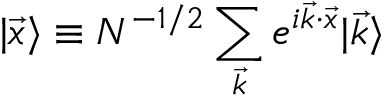
| \vec { x } \rangle \equiv N ^ { - 1 / 2 } \sum _ { \vec { k } } e ^ { i \vec { k } \cdot \vec { x } } | \vec { k } \rangle